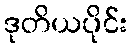
ဒုတိယပိုင်း